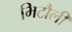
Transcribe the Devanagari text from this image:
भिटौली